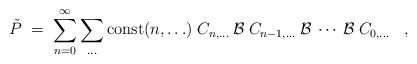
\begin{align*}\tilde{P} \;=\; \sum_{n=0}^\infty \sum_{\ldots}{\mbox{const}}(n,\ldots) \;C_{n,\ldots} \:{\cal{B}}\: C_{n-1,\ldots}\:{\cal{B}}\:\cdots\:{\cal{B}}\:C_{0,\ldots} \;\;\; ,\end{align*}